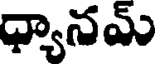
ధ్యానమ్